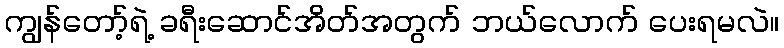
ကျွန်တော့်ရဲ့ ခရီးဆောင်အိတ်အတွက် ဘယ်လောက် ပေးရမလဲ။